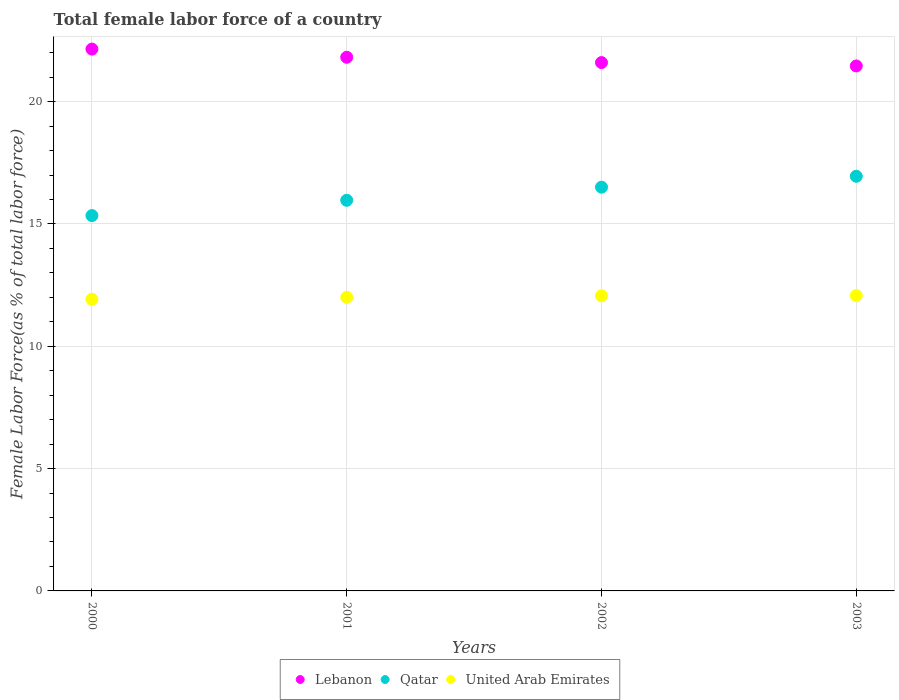
| Years | Lebanon | Qatar | United Arab Emirates |
 | --- | --- | --- | --- |
 | 2000 | 22.1 | 15.3 | 11.9 |
 | 2001 | 21.8 | 16 | 12 |
 | 2002 | 21.6 | 16.5 | 12.1 |
 | 2003 | 21.5 | 17 | 12.1 |